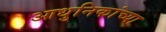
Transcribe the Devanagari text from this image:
आधुनिकांच्या